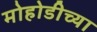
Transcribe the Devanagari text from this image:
मोहोडीच्या